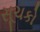
સૂચકો